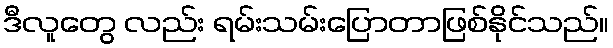
ဒီလူတွေ လည်း ရမ်းသမ်းပြောတာဖြစ်နိုင်သည်။